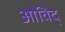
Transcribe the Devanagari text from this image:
ओविद्